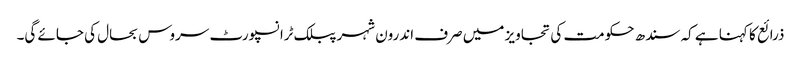
ذرائع کا کہنا ہے کہ سندھ حکومت کی تجاویز میں صرف اندرون شہر پبلک ٹرانسپورٹ سروس بحال کی جائے گی۔